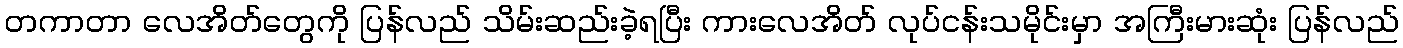
တကာတာ လေအိတ်တွေကို ပြန်လည် သိမ်းဆည်းခဲ့ရပြီး ကားလေအိတ် လုပ်ငန်းသမိုင်းမှာ အကြီးမားဆုံး ပြန်လည်